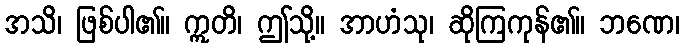
အသိ၊ ဖြစ်ပါ၏။ ဣတိ၊ ဤသို့။ အာဟံသု၊ ဆိုကြကုန်၏။ ဘဏေ၊